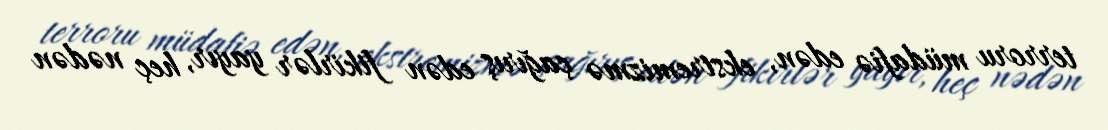
terroru müdafiə edən, ekstremizmə çağırış edən fikirlər yayır, heç nədən